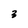
Character: 3